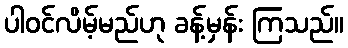
ပါဝင်လိမ့်မည်ဟု ခန့်မှန်း ကြသည်။